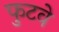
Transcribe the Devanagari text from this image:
फुटवे